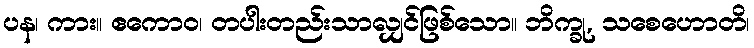
ပန၊ ကား။ ဧကောဝ၊ တပါးတည်းသာလျှင်ဖြစ်သော။ ဘိက္ခု, သစေဟောတိ၊